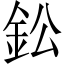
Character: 鈆